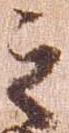
之